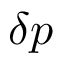
\delta p